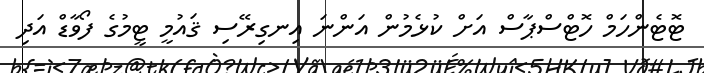
ޓޮޓެންހަމް ހޮޓްސްޕާސް އަށް ކުޅެމުން އަންނަ އިނގިރޭސި ޤައުމީ ޓީމުގެ ފޯވާޑް އަދި